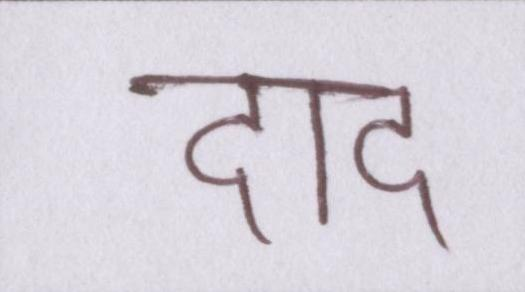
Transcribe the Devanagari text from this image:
दाद